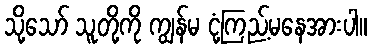
သို့သော် သူတို့ကို ကျွန်မ ငုံ့ကြည့်မနေအားပါ။